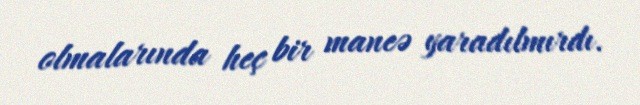
olmalarında heç bir maneə yaradılmırdı.